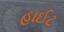
હાઈટ